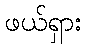
ဖယ်ရှား